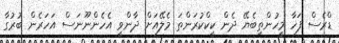
ޑްރެސް ފަހާ މީހުންތިބެޔޭ ދެން ކީކްކުރަންތަ މެލޭއަށް ދާންވީ އެހެންނޫނަސް އަހަރެން ބުރުގާ